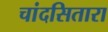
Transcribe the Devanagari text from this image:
चांदसितारा